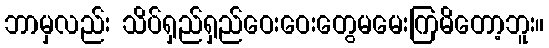
ဘာမှလည်း သိပ်ရှည်ရှည်ဝေးဝေးတွေမမေးကြမိတော့ဘူး။